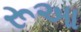
રૂઆ